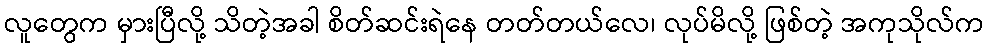
လူတွေက မှားပြီလို့ သိတဲ့အခါ စိတ်ဆင်းရဲနေ တတ်တယ်လေ၊ လုပ်မိလို့ ဖြစ်တဲ့ အကုသိုလ်က